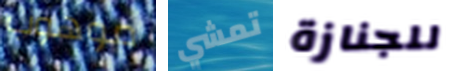
موهوب تمشي للجنازة